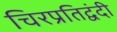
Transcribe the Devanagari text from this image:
चिरप्रतिद्वंदी